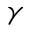
\gamma